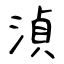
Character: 湞